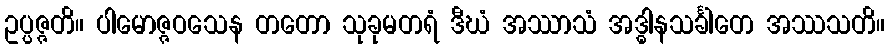
ဥပ္ပဇ္ဇတိ။ ပါမောဇ္ဇဝသေန တတော သုခုမတရံ ဒီဃံ အဿာသံ အဒ္ဓါနသင်္ခါတေ အဿသတိ။